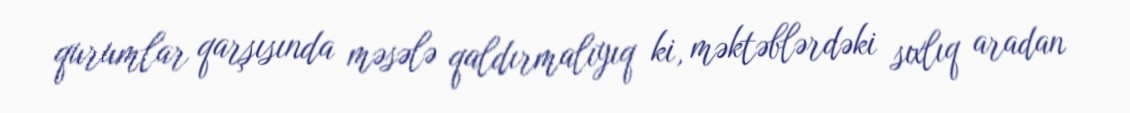
qurumlar qarşısında məsələ qaldırmalıyıq ki, məktəblərdəki sıxlıq aradan